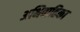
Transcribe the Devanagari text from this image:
अभिवाहिका